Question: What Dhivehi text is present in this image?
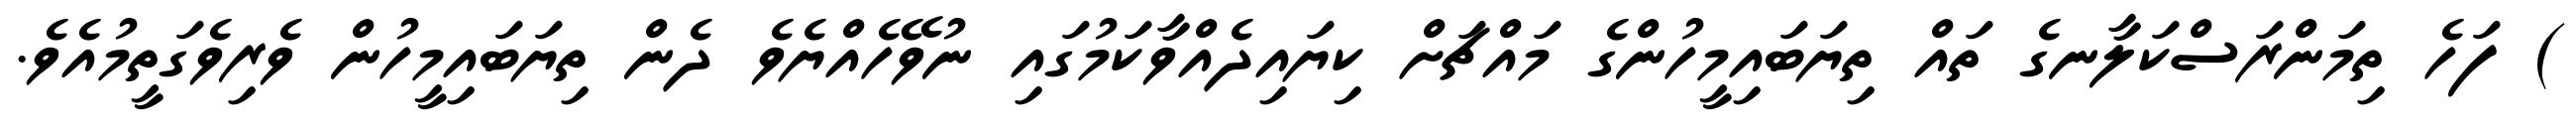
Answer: ) ފަހެ ތިމަންރަސްކަލާނގެ ތައް ތިޔަބައިމީހުންގެ މައްޗަށް ކިޔައިދެއްވާކަމުގައި ނުވޭހެއްޔެވެ ދެން ތިޔަބައިމީހުން ވެރިވެގަތީމުއެވެ.